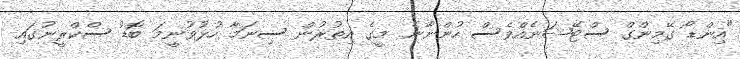
"އިންޑޯ ގޭމިންގް ސްޓޭޝަނެއްވެސް ހުންނާނެ. މީގެ އިތުރުން ސިނަމާ ހުޅުވުނީމަ ބޮޑު ސްކްރީނުގައި